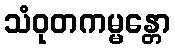
သံဝုတကမ္မန္တော